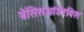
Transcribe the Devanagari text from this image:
बेसिसओंडेरविस